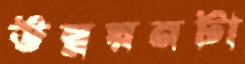
উন্নয়নটা